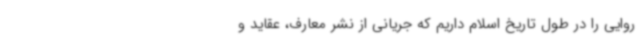
روایی را در طول تاریخ اسلام داریم که جریانی از نشر معارف، عقاید و